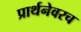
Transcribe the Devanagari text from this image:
प्रार्थनेवरच